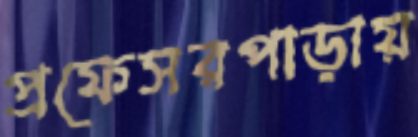
প্রফেসরপাড়ায়